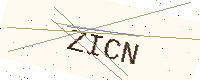
Text: ZICN